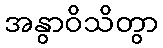
အနွာဝိသိတွာ